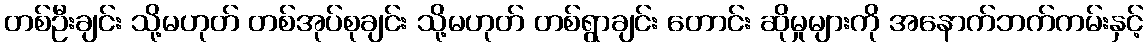
တစ်ဦးချင်း သို့မဟုတ် တစ်အုပ်စုချင်း သို့မဟုတ် တစ်ရွာချင်း တောင်း ဆိုမှုများကို အနောက်ဘက်ကမ်းနှင့်